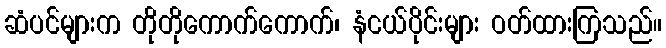
ဆံပင်များက တိုတိုကောက်ကောက်၊ နံငယ်ပိုင်းများ ဝတ်ထားကြသည်။